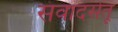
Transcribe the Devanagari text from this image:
संवादसेतू